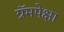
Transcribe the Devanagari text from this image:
ग्रॅमपेक्षा